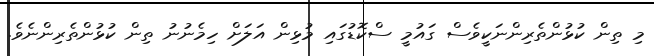
މި ތިން ކުޅުންތެރިންނަކީވެސް ގައުމީ ސްކޮޑުގައި މުޅިން އަލަށް ހިމެނުނު ތިން ކުޅުންތެރިންނެވެ.